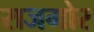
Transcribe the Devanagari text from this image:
राजगोर